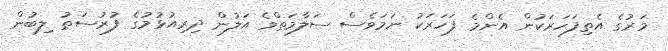
މަރުގެ އެތިފަހަރަކުން އެންމެ ފަހަރަކު ނަމަވެސް ސަލާމަތްވެ އަލުން ދިރިއުޅުމުގެ ފުރުސަތު ލިބުން